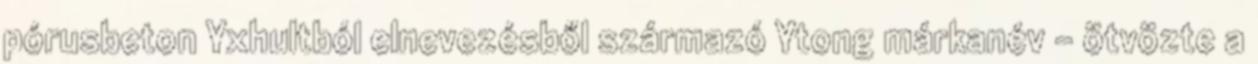
pórusbeton Yxhultból elnevezésből származó Ytong márkanév – ötvözte a